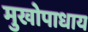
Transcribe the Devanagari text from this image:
मुखोपाधाय